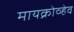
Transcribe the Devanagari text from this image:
मायक्रोव्हेव